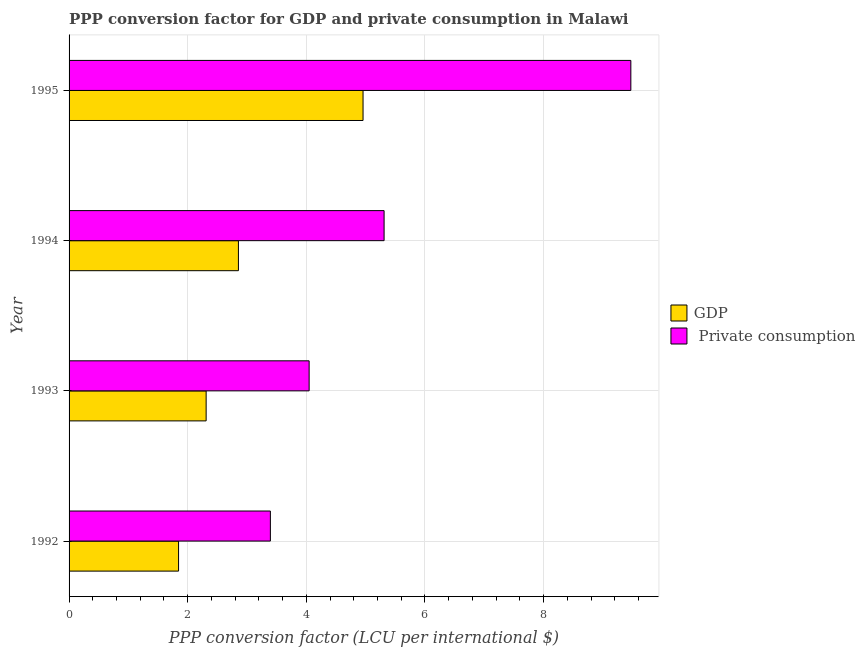
| Year | GDP |  Private consumption |
 | --- | --- | --- |
 | 1992 | 1.85 | 3.39 |
 | 1993 | 2.31 | 4.05 |
 | 1994 | 2.85 | 5.31 |
 | 1995 | 4.96 | 9.47 |